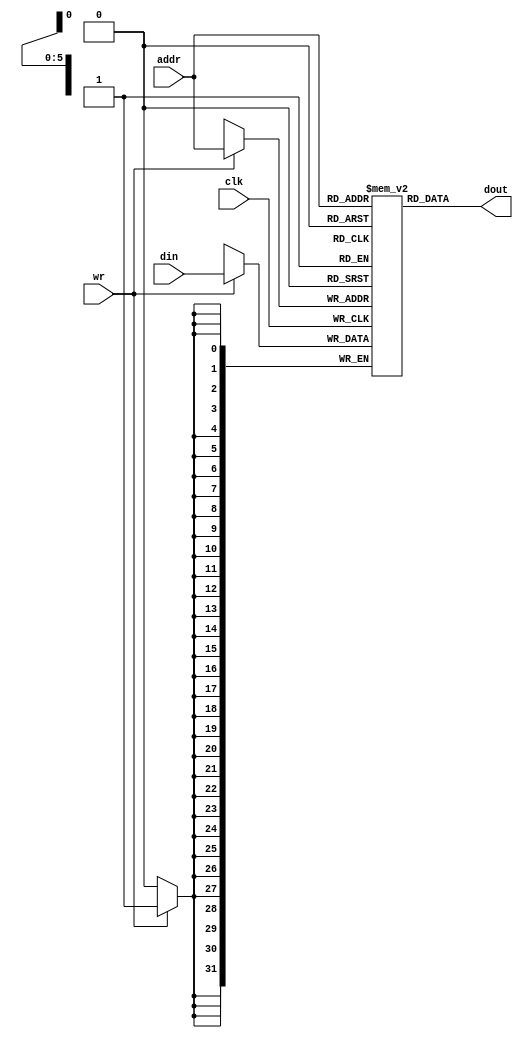
`timescale 1 ns/10 ps  // time-unit = 1 ns, precision = 10 ps
module dmem (clk, wr, addr, din, dout);
	input clk;
	input wr;
	input [5:0] addr;
	input [31:0] din;	
	output [31:0] dout; 
  reg [31:0] rb [0:63]; // 64 rows of 32-bits

	always @(posedge clk)
    if(clk) // go to state zero if rese
        if (wr)
        rb[addr] = din;
	
	assign dout = rb[addr];

endmodule